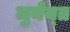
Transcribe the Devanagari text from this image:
जुनेय्त